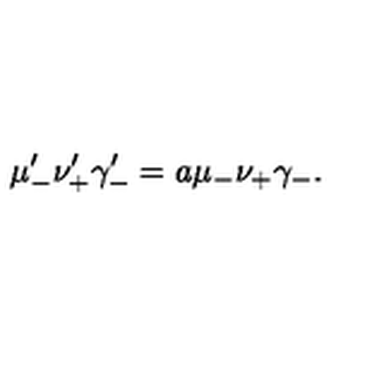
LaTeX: \mu _ { - } ^ { \prime } \nu _ { + } ^ { \prime } \gamma _ { - } ^ { \prime } = a \mu _ { - } \nu _ { + } \gamma _ { - } .